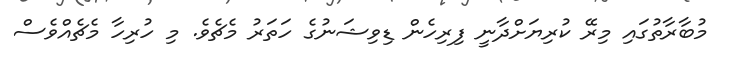
މުބާރާތުގައި މިރޭ ކުރިޔަށްދާނީ ފިރިހެން ޑިވިޝަނުގެ ހަތަރު މެޗެވެ. މި ހުރިހާ މެޗެއްވެސް